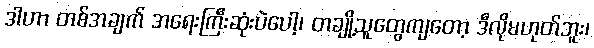
ဒါဟာ တစ်အချက် အရေးကြီးဆုံးပဲပေါ့၊ တချို့သူတွေကျတော့ ဒီလိုမဟုတ်ဘူး၊